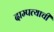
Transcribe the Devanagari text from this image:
दाम्पत्याची